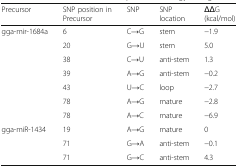
<table><thead><tr><td><b>Precursor</b></td><td><b>SNP position in Precursor</b></td><td><b>SNP</b></td><td><b>SNP location</b></td><td><b>ΔΔG (kcal/mol)</b></td></tr></thead><tbody><tr><td rowspan="7">gga-mir-1684a</td><td>6</td><td>C→G</td><td>stem</td><td>−1.9</td></tr><tr><td>20</td><td>G→U</td><td>stem</td><td>5.0</td></tr><tr><td>38</td><td>C→U</td><td>anti-stem</td><td>1.3</td></tr><tr><td>39</td><td>A→G</td><td>anti-stem</td><td>−0.2</td></tr><tr><td>43</td><td>U→C</td><td>loop</td><td>−2.7</td></tr><tr><td>78</td><td>A→G</td><td>mature</td><td>−2.8</td></tr><tr><td>78</td><td>A→C</td><td>mature</td><td>−6.9</td></tr><tr><td rowspan="3">gga-miR-1434</td><td>19</td><td>A→G</td><td>mature</td><td>0</td></tr><tr><td>71</td><td>G→A</td><td>anti-stem</td><td>−0.1</td></tr><tr><td>71</td><td>G→C</td><td>anti-stem</td><td>4.3</td></tr></tbody></table>